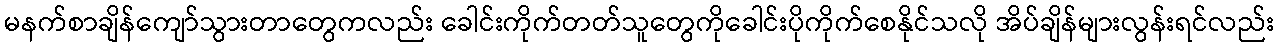
မနက်စာချိန်ကျော်သွားတာတွေကလည်း ခေါင်းကိုက်တတ်သူတွေကိုခေါင်းပိုကိုက်စေနိုင်သလို အိပ်ချိန်များလွန်းရင်လည်း